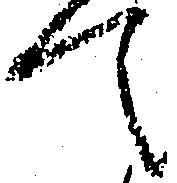
て